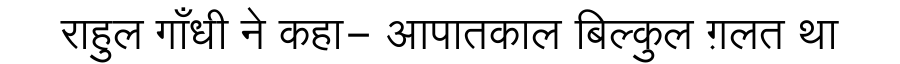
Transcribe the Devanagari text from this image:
राहुल गाँधी ने कहा- आपातकाल बिल्कुल ग़लत था